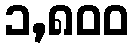
၁,၈၀၀